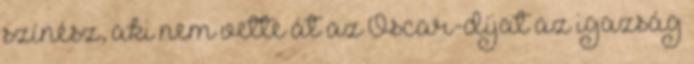
színész, aki nem vette át az Oscar-díjat az igazság